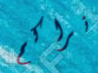
نراكم